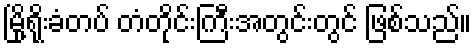
မြို့ရိုးခံတပ် တံတိုင်းကြီးအတွင်းတွင် ဖြစ်သည်။